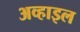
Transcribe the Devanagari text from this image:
अव्हाइल